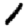
Digit: 1